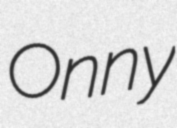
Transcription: Onny